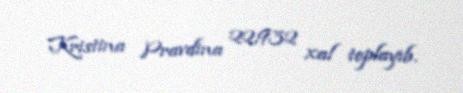
Kristina Pravdina 22,932 xal toplayıb.